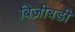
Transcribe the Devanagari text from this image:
बिज़ीबडी